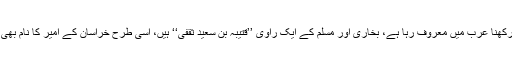
’’قُتَیْبَه‘‘ نام رکھنا عرب میں معروف رہا ہے، بخاری اور مسلم کے ایک راوی ’’قتیبہ بن سعید ثقفی‘‘ ہیں، اسی طرح خراسان کے امیر کا نام بھی ’’قتیبہ‘‘ تھا۔